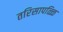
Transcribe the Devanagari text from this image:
तरिसापळ्ळि